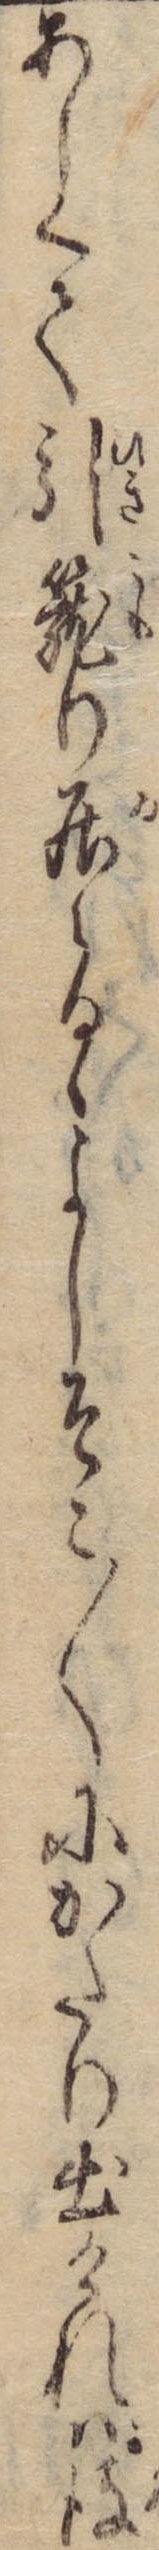
あしくて引篭り居らるゝよしそこ〱にかたり出けれは彼